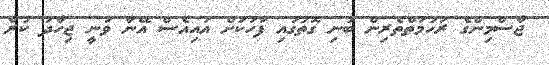
ޖާސްމިންގެ ރަހުމަތްތެރިން ބުނި ގޮތުގައި ފަހަކަށް އައިއެސް އޭނާ ވަނީ ޖިހާދު ކުރާ